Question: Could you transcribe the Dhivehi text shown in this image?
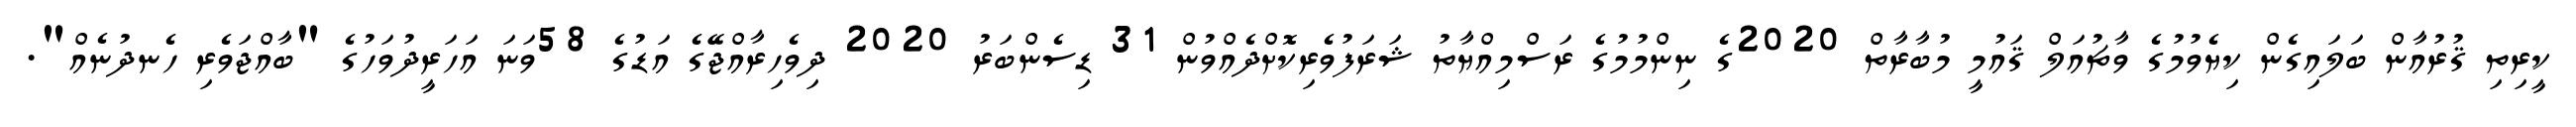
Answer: ކީރިތި ޤުރުއާން ބަލައިގެން ކިޔެވުމުގެ ވާޗުއަލް ޤައުމީ މުބާރާތް 2020ގެ ނިންމުމުގެ ރަސްމިއްޔާތު ޝަރަފުވެރިކޮށްދެއްވުން 31 ޑިސެންބަރު 2020 ދިވެހިރާއްޖޭގެ އަޑުގެ 58ވަނަ އަހަރީދުވަހުގެ "ބާއްޖަވެރި ހެނދުނެއް".